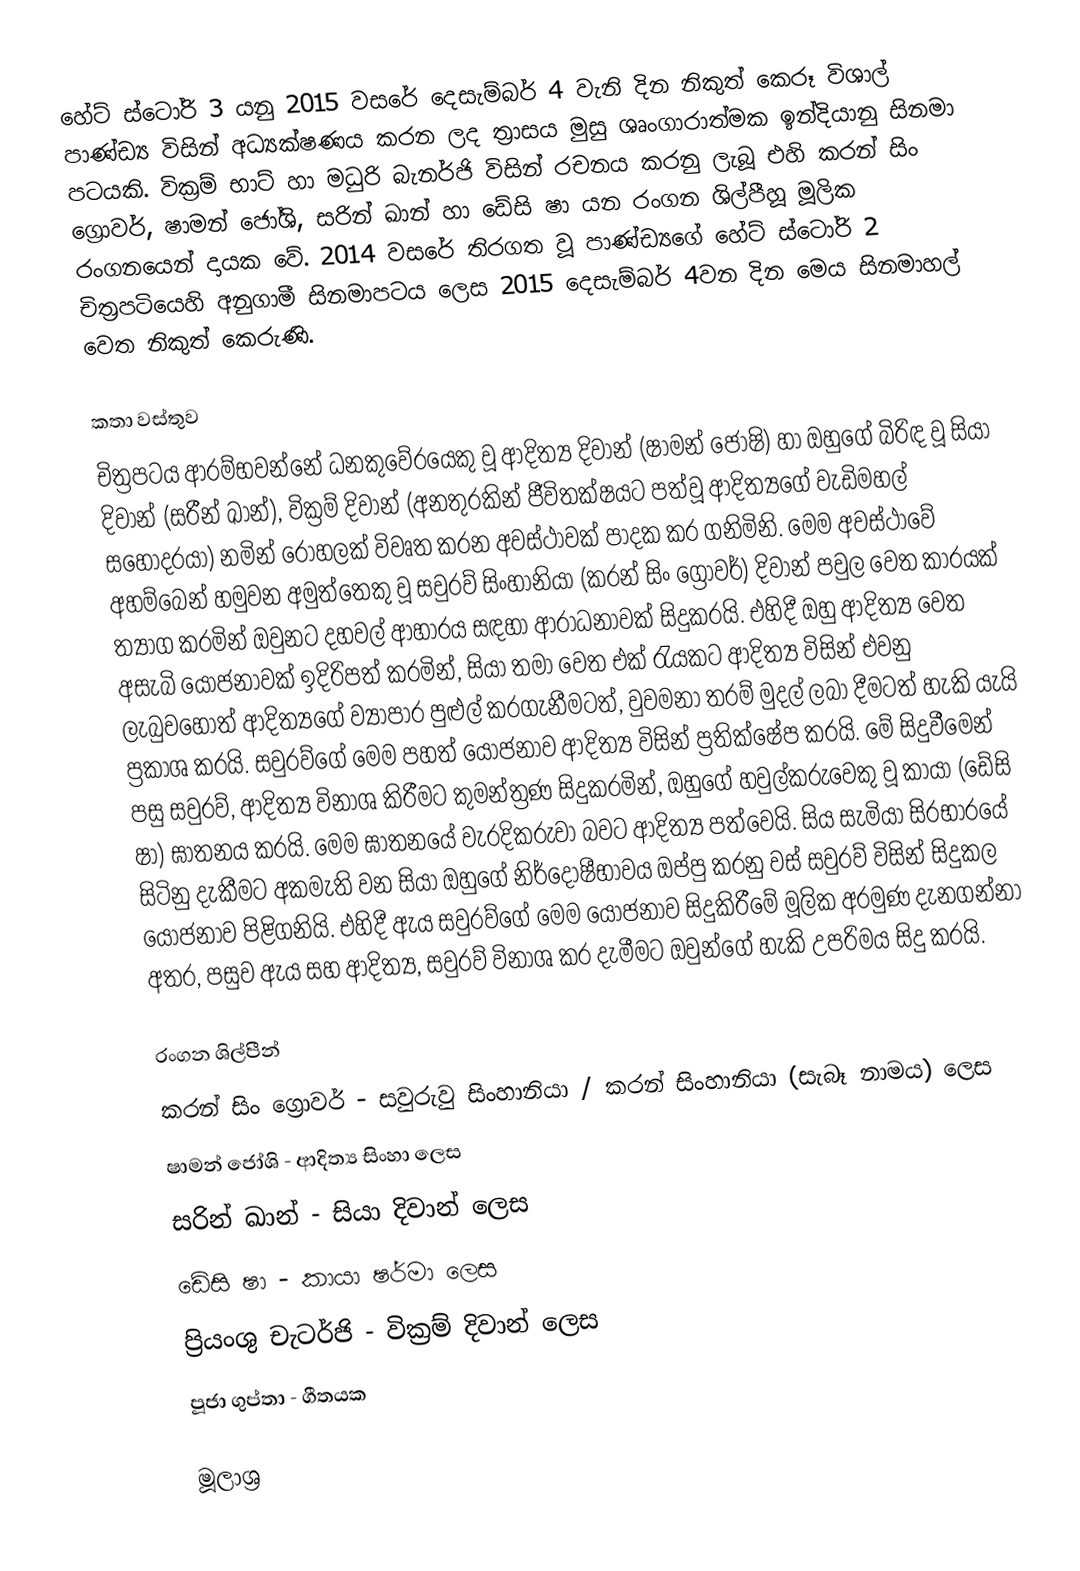
හේට් ස්ටෝරි 3 යනු 2015 වසරේ දෙසැම්බර් 4 වැනි දින නිකුත් කෙරූ විශාල් පාණ්ඩ්‍ය විසින් අධ්‍යක්ෂණය කරන ලද  ත්‍රාසය මුසු ශෘංගාරාත්මක ඉන්දියානු සිනමා පටයකි. වික්‍රම් භාට් හා මධුරි බැනර්ජි විසින් රචනය කරනු ලැබූ එහි කරන් සිං ග්‍රොවර්, ෂාමන් ජෝශි, සරින් ඛාන් හා ඩේසි ෂා යන රංගන ශිල්පීහූ මූලික රංගනයෙන් දායක වේ. 2014 වසරේ තිරගත වූ පාණ්ඩ්‍යගේ හේට් ස්ටෝරි 2 චිත්‍රපටියෙහි අනුගාමී සිනමාපටය ලෙස 2015 දෙසැම්බර් 4වන දින මෙය සිනමාහල් වෙත නිකුත් කෙරුණි.

කතා වස්තුව
චිත්‍රපටය ආරම්භවන්නේ ධනකුවේරයෙකු වූ ආදිත්‍ය දිවාන් (ෂාමන් ජෝෂි) හා ඔහුගේ බිරිඳ වූ සියා දිවාන් (සරීන් ඛාන්), වික්‍රම් දිවාන් (අනතුරකින් ජීවිතක්ෂයට පත්වූ ආදිත්‍යගේ වැඩිමහල් සහෝදරයා) නමින් රෝහලක් විවෘත කරන අවස්ථාවක් පාදක කර ගනිමිනි. මෙම අවස්ථාවේ අහම්බෙන් හමුවන අමුත්තෙකු වූ සවුරව් සිංහානියා (කරන් සිං ග්‍රෝවර්) දිවාන් පවුල වෙත කාරයක් ත්‍යාග කරමින් ඔවුනට දහවල් ආහාරය සඳහා ආරාධනාවක් සිදුකරයි. එහිදී ඔහු ආදිත්‍ය වෙත අසැබි යෝජනාවක් ඉදිරිපත් කරමින්, සියා තමා වෙත එක් රැයකට ආදිත්‍ය විසින් එවනු ලැබුවහොත් ආදිත්‍යගේ ව්‍යාපාර පුළුල් කරගැනීමටත්, වුවමනා තරම් මුදල් ලබා දීමටත් හැකි යැයි ප්‍රකාශ කරයි. සවුරව්ගේ මෙම පහත් යෝජනාව ආදිත්‍ය විසින් ප්‍රතික්ෂේප කරයි. මේ සිදුවීමෙන් පසු සවුරව්, ආදිත්‍ය විනාශ කිරීමට කුමන්ත්‍රණ සිදුකරමින්, ඔහුගේ හවුල්කරුවෙකු වූ කායා (ඩේසි ෂා) ඝාතනය කරයි. මෙම ඝාතනයේ වැරදිකරුවා බවට ආදිත්‍ය පත්වෙයි. සිය සැමියා සිරභාරයේ සිටිනු දැකීමට අකමැති වන සියා ඔහුගේ නිර්දෝෂීභාවය ඔප්පු කරනු වස් සවුරව් විසින් සිදුකල යෝජනාව පිළිගනියි. එහිදී ඇය සවුරව්ගේ මෙම යෝජනාව සිදුකිරීමේ මූලික අරමුණ දැනගන්නා අතර, පසුව ඇය සහ ආදිත්‍ය, සවුරව් විනාශ කර දැමීමට ඔවුන්ගේ හැකි උපරිමය සිදු කරයි.

රංගන ශිල්පීන්
 කරන් සිං ග්‍රොවර් - සවුරුවු සිංහානියා / කරන් සිංහානියා (සැබෑ නාමය) ලෙස
 ෂාමන් ජෝශි - ආදිත්‍ය සිංහා ලෙස
 සරින් ඛාන්  - සියා දිවාන් ලෙස
 ඩේසි ෂා - කායා ෂර්මා ලෙස
 ප්‍රියංශු චැටර්ජි - වික්‍රම් දිවාන් ලෙස
 පූජා ගුප්තා - ගීතයක

මූලාශ්‍ර